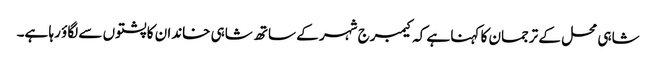
شاہی محل کے ترجمان کا کہنا ہے کہ کیمبرج شہر کے ساتھ شاہی خاندان کا پشتوں سے لگاؤ رہا ہے۔